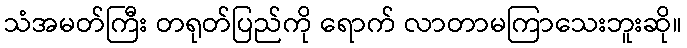
သံအမတ်ကြီး တရုတ်ပြည်ကို ရောက် လာတာမကြာသေးဘူးဆို။